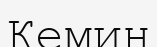
Кемин